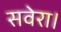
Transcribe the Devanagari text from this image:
सवेरा।